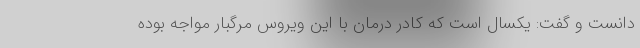
دانست و گفت: یکسال است که کادر درمان با این ویروس مرگبار مواجه بوده